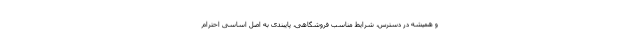
و همیشه در دسترس، شرایط مناسب فروشگاهی، پایبندی به اصل اساسی احترام